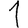
Digit: 1